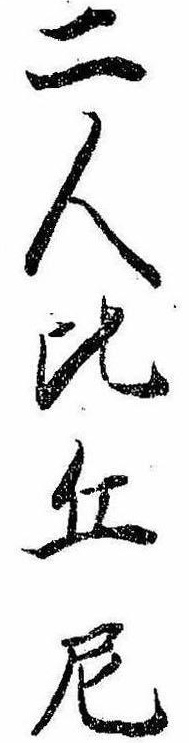
二人比丘尼